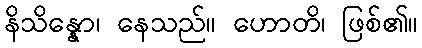
နိသိန္နော၊ နေသည်။ ဟောတိ၊ ဖြစ်၏။